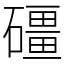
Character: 礓